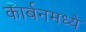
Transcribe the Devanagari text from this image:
कार्बनमध्ये